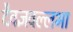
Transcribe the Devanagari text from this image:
दैवज्ञवल्लभा